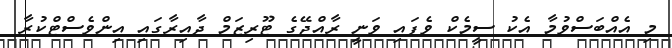
މި އެއްބަސްވުމާ އެކު ސީމެކް ވެފައި ވަނީ ރާއްޖޭގެ ޓޫރިޒަމް ދާއިރާގައި އިންވެސްޓްކުރާ